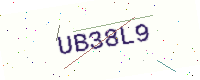
Text: UB38L9